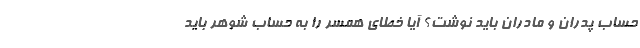
حساب پدران و مادران باید نوشت؟ آیا خطای همسر را به حساب شوهر باید